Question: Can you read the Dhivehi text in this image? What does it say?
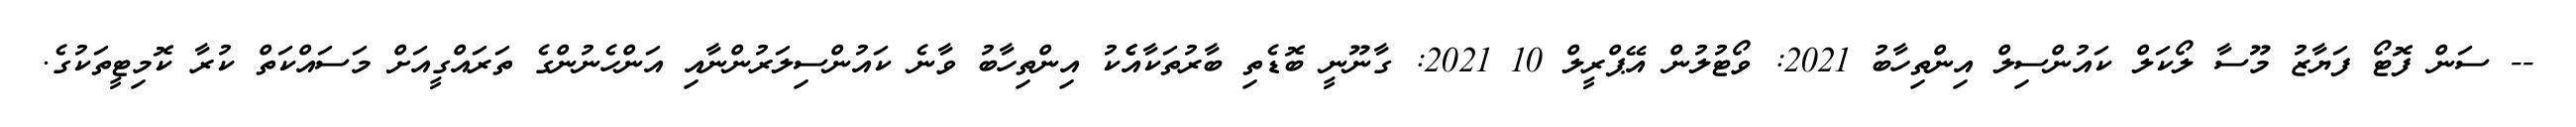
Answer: -- ސަން ފޮޓޯ ފަޔާޒު މޫސާ ލޯކަލް ކައުންސިލް އިންތިހާބު 2021: ވޯޓުލުން އޭޕްރީލް 10 2021: ގާނޫނީ ބޮޑެތި ބާރުތަކާއެެކު އިންތިހާބު ވާނެ ކައުންސިލަރުންނާއި އަންހެނުންގެ ތަރައްގީއަށް މަސައްކަތް ކުރާ ކޮމިޓީތަކުގެ.